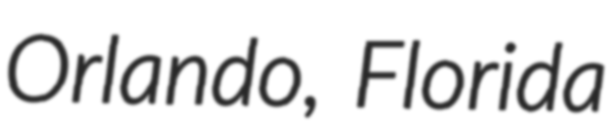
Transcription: Orlando, Florida